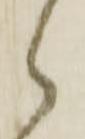
候